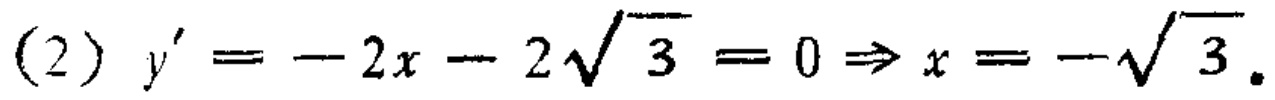
\((2)\) \(y'=-2x - 2\sqrt{3}=0\Rightarrow x=-\sqrt{3}\)